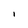
Character: 1